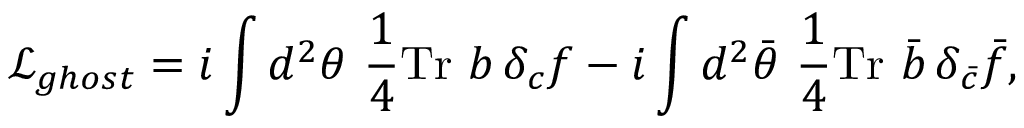
{ \mathcal L } _ { g h o s t } = i \int d ^ { 2 } \theta ~ \frac { 1 } { 4 } \mathrm { T r } ~ b \, \delta _ { c } f - i \int d ^ { 2 } \bar { \theta } ~ \frac { 1 } { 4 } \mathrm { T r } ~ \bar { b } \, \delta _ { \bar { c } } \bar { f } ,